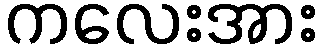
ကလေးအား